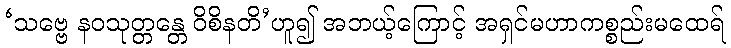
‘သဗ္ဗေ နဝသုတ္တန္တေ ဝိစိနတိ’ဟူ၍ အဘယ့်ကြောင့် အရှင်မဟာကစ္စည်းမထေရ်